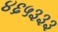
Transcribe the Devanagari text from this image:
४६५३३३